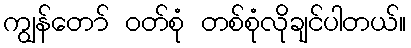
ကျွန်တော် ဝတ်စုံ တစ်စုံလိုချင်ပါတယ်။